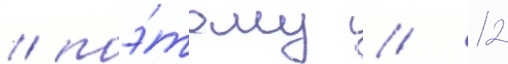
/ поэ́тому // 12